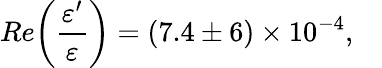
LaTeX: Re\biggl(\frac{\varepsilon^{\prime}}{\varepsilon}\biggr)=(7.4\pm 6)\times 10^{-4},\, \, \, \, \, \,